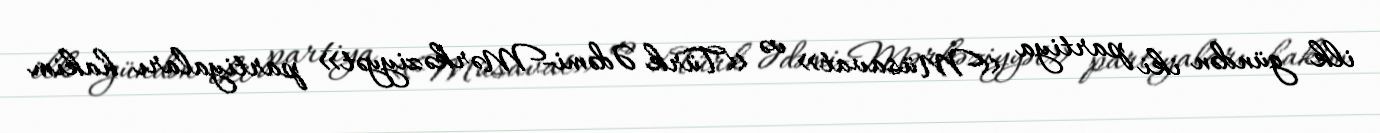
ilk gündən iki partiya «Müsavat» və «Türk Ədəmi-Mərkəziyyət» partiyaları hakim